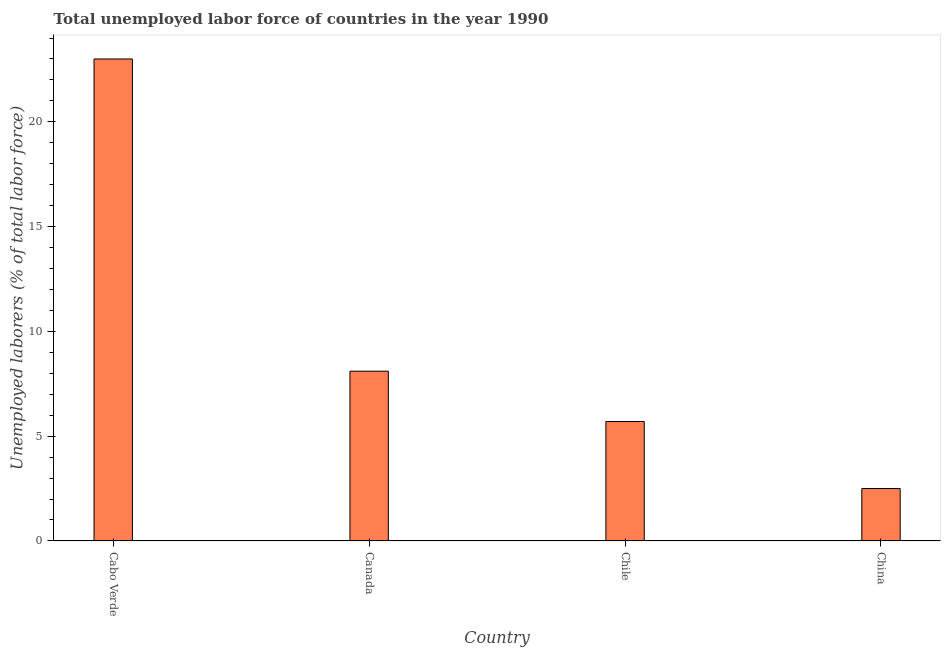
| Country | Unemployment total |
 | --- | --- |
 | Cabo Verde | 23 |
 | Canada | 8.1 |
 | Chile | 5.7 |
 | China | 2.5 |